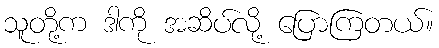
သူတို့က ဒါကို အဆိပ်လို့ ပြောကြတယ်။